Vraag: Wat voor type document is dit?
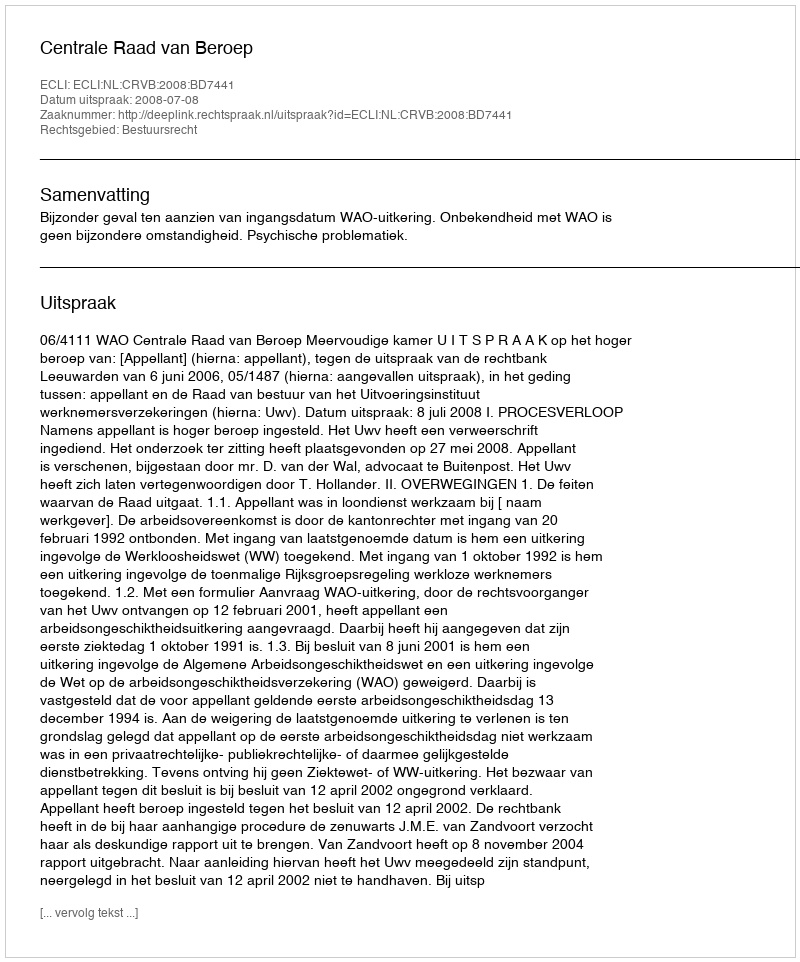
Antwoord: Uitspraak